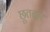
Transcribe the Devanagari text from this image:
छूतदार